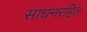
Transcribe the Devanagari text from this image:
साधनरहित